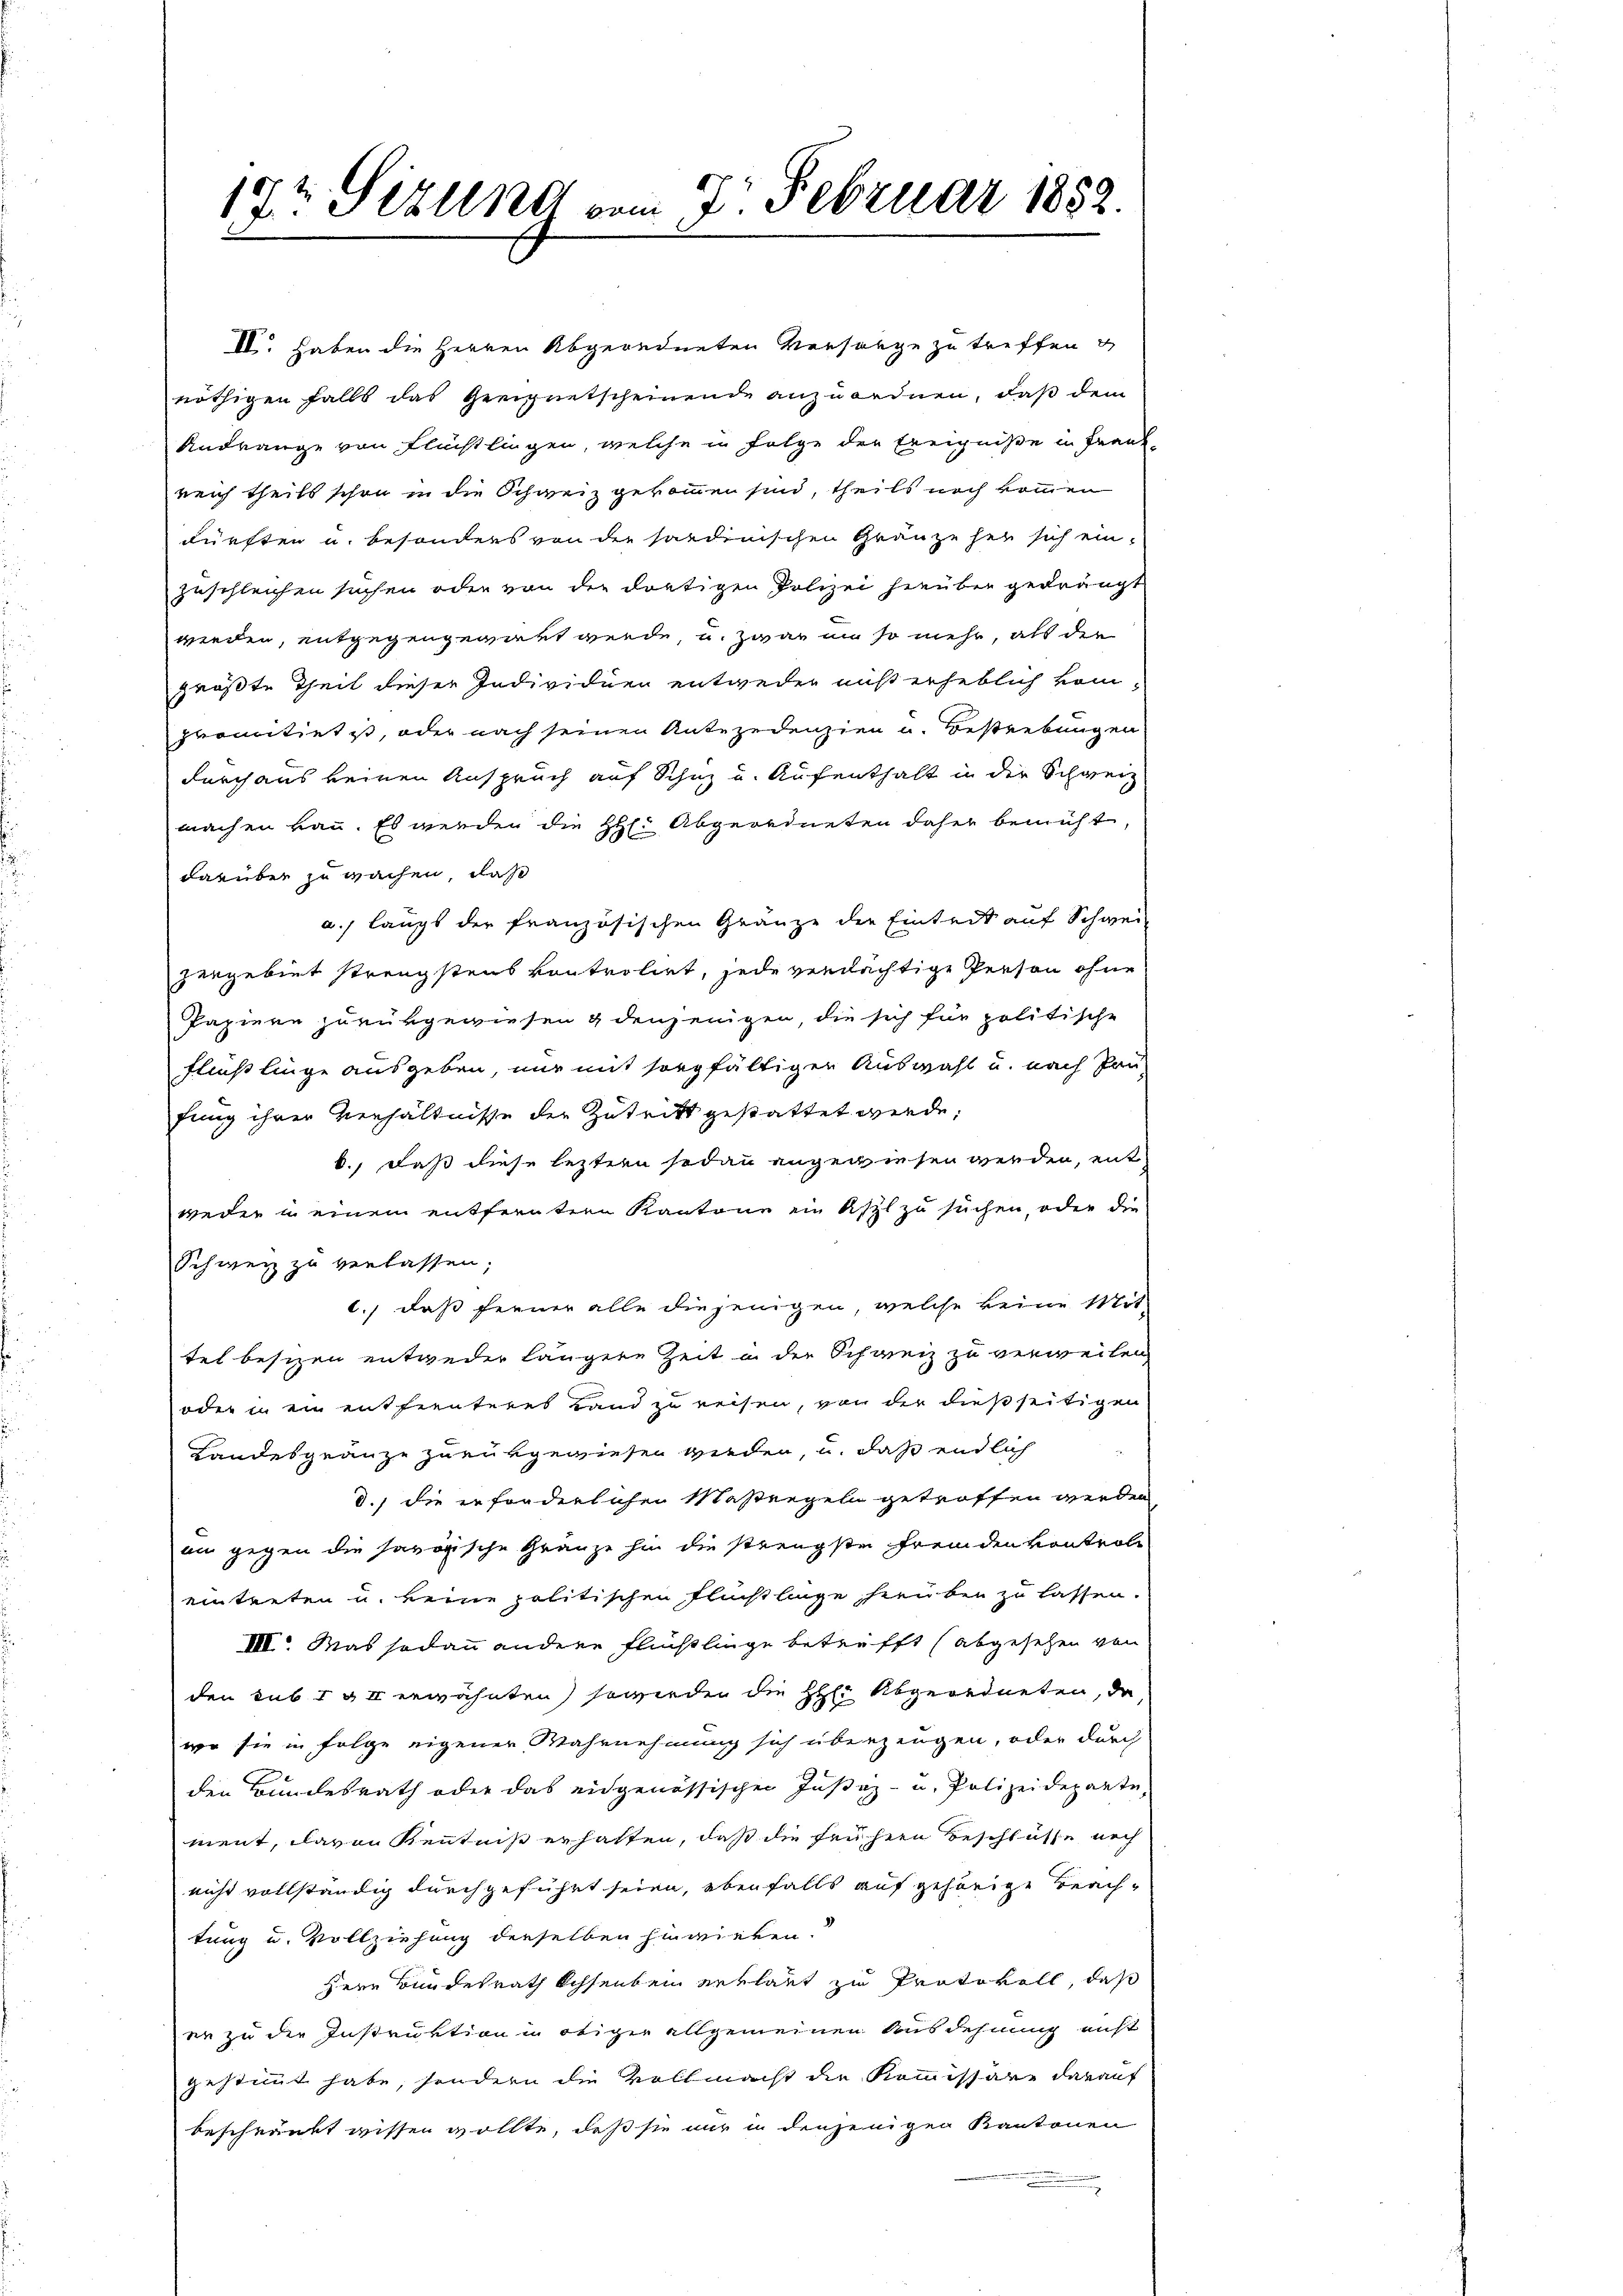
IV. haben die Herren Abgeordneten Versorge zu treffen
nöthigen falls das Geeignetscheinende anzuordnen, daß dem
Andränge von Flüchtlingen, welche in Folge der Ereigniße in Frank
reich theils schon in die Schweiz gekommen sind, theils noch kommen
dürften u. besonders von der saudinischen Gränze her sich ein-
zuschleichen suchen oder von der dortigen Polizei herüber gedrängt
werden, entgegengewart werde, u. zwar in so mehr, als die
größte Theil dieser Individuen entweder nicht erheblich kom-
promitint ist, oder nach seinen Antezedenzien u. Bestrebungen
durch aus keinen Anspruch auf Schuz und Aufenthalt in der Schweiz
machen kan. Es werden die Hr. Abgeordneten daher bemüht
darüber zu wachen, daß
a.) langs der französischen Gränze die Eintert auf Schwei
zergebiet strengstens kontrolirt, jede verdächtige Person ohne
Papiere zurükgewiesen & denjenigen, die sich für politische
fließlinge ausgeben, nur mit sorgfältigen Auswahl u. nach Pau
fung ihrer Verhältnisse der Zutritt gestattet werde,
6., daß diese leztern sodann angewiesen werden, mit
weder un einem entferntern Kantone ein Ästl zu suchen, oder die
Schweiz zu verlassen;
c.) daß ferner alle diejenigen, welche keine Mit-
tel besizen entweder längere Zeit in der Schweiz zu verweilen
oder in ein entfernteres Land zu reisen, von der dießseitigen
Landesgränze zurükgewiesen wieden, u. daß endlich
d.) die erforderlichen Maßregeln getroffen werden
an gegen die savogische Gränze hin die strengste fremden kontrole
eintreten u. keine politischen Fluchtlinge herüber zu lassen.
VIII. Was sodann andere Flüchtlinge betrifft (abgesehen von
den sub I & I erwähnten so wieden die H: Abgeordneten, da
wo sie in Folge eigener Wahrnehmung sich überzeugen, oder durch
den Bundesrath oder das eidgenössischen Justiz- u. Polizeideparte,
ment, davon Kenntniß erhalten, daß die frühern Beschlüsse noch
nicht vollständig durchgeführt seien, ebenfalls auf gehörige Beachtung u. Vollziehung derselben hinwieben.
Herr Bundesrath Ochsenbei entlaut zu Protokoll, daß
er zu der Instruktion in obiger allgemeinen Ausdehnung nicht
gestimmt habe, sondern die Vollmacht die Kommissäre darauf
beschränkt wissen wollte, daß sie nur in denjenigen Kantonen

17t Sizung vom 7. Februar 1852.